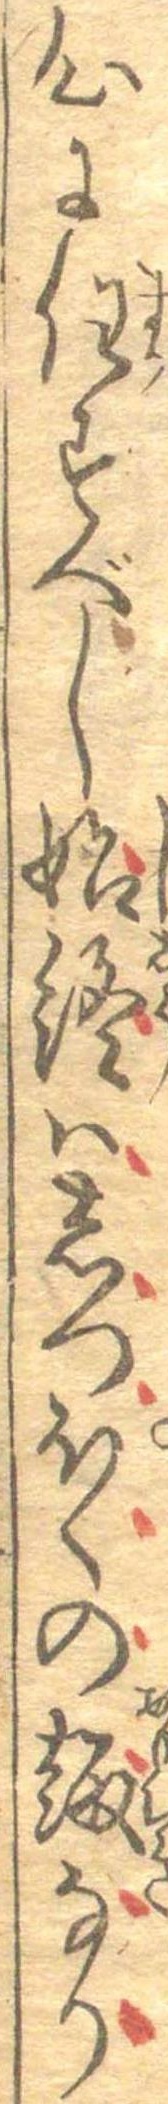
心に任すべし始終はしつぽくの趣なり